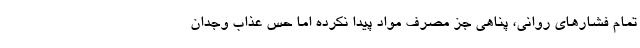
تمام فشارهای روانی، پناهی جز مصرف مواد پیدا نکرده اما حس عذاب وجدان